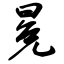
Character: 冕